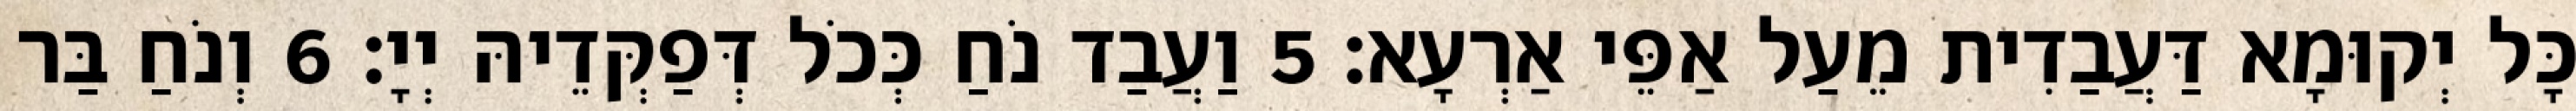
כָּל יְקוּמָא דַּעֲבַדִית מֵעַל אַפֵּי אַרְעָא׃ 5 וַעֲבַד נֹחַ כְּכֹל דְּפַקְּדֵיהּ יְיָ׃ 6 וְנֹחַ בַּר